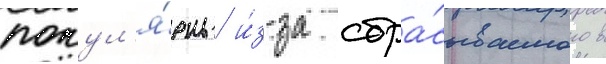
попул'я́рны и́з-за сбра́сываемого в